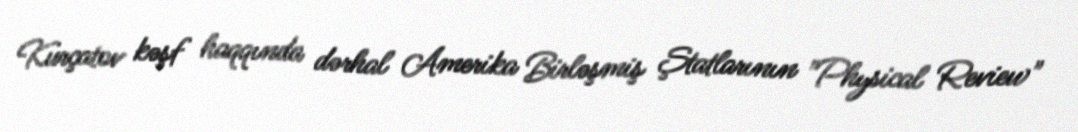
Kurçatov kəşf haqqında dərhal Amerika Birləşmiş Ştatlarının "Physical Review"